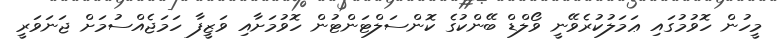
މީހުން ހޮވުމުގައި ޢަމަލުކުރެވޭނީ ވޯލްޑް ބޭންކުގެ ކޮންސަލްޓަންޓުން ހޮވުމަށާއި ވަޒީފާ ހަމަޖެއްސުމަށް ޖަނަވަރީ